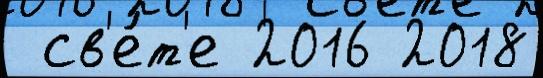
 св'е́т'е 2016 2018